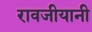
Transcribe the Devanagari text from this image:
रावजीयानी